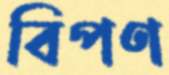
বিপণ